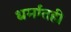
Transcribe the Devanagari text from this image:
धर्मांतही